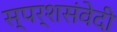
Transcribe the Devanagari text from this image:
स्पर्शसंवेदी